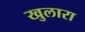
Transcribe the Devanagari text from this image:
खुलारा